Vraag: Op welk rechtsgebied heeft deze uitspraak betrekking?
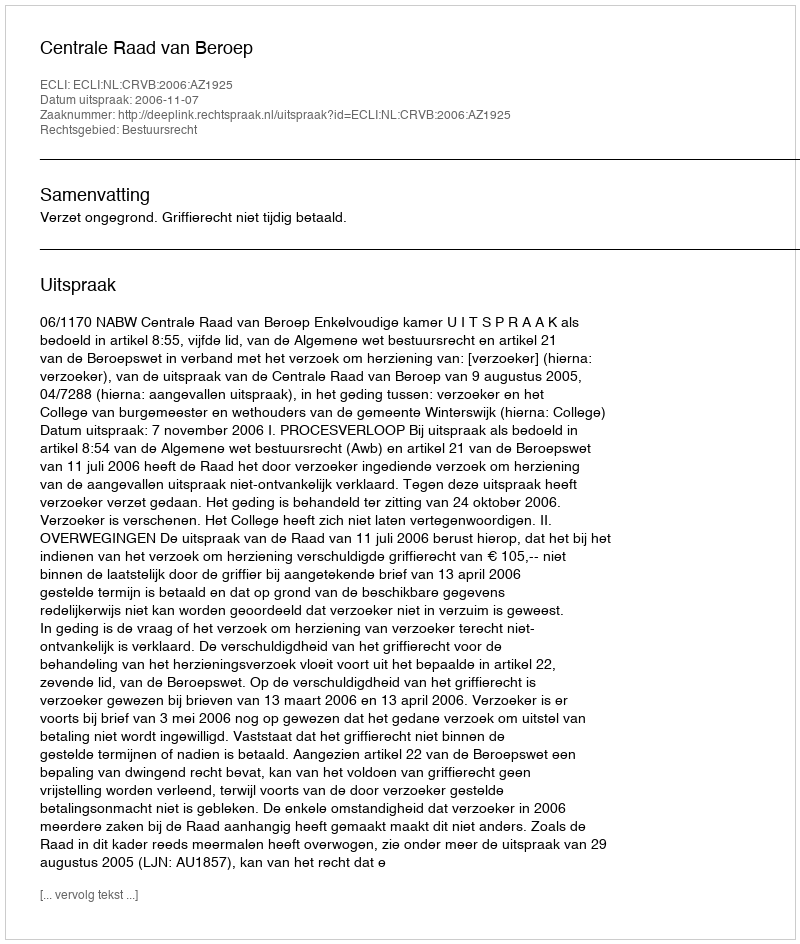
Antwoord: Bestuursrecht